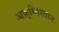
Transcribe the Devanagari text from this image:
अफ़्ग्निस्तान